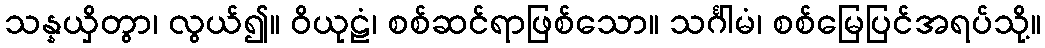
သန္နယှိတွာ၊ လွယ်၍။ ဝိယုဠံ၊ စစ်ဆင်ရာဖြစ်သော။ သင်္ဂါမံ၊ စစ်မြေပြင်အရပ်သို့။